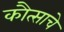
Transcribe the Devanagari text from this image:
कौत्साचे